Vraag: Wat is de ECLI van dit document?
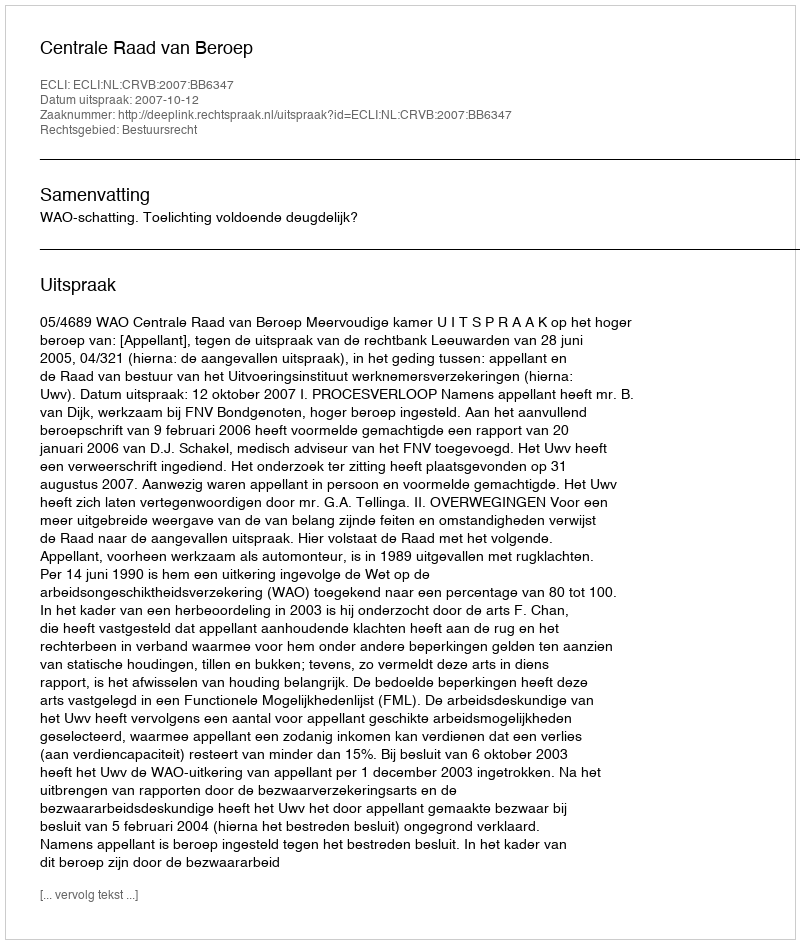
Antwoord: ECLI:NL:CRVB:2007:BB6347